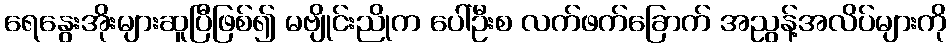
ရေနွေးအိုးများဆူပြီဖြစ်၍ မဗျိုင်းညိုက ပေါ်ဦးစ လက်ဖက်ခြောက် အညွန့်အလိပ်များကို